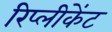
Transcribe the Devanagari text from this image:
रिप्लीकेंट